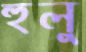
হুলু